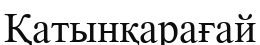
Қатынқарағай